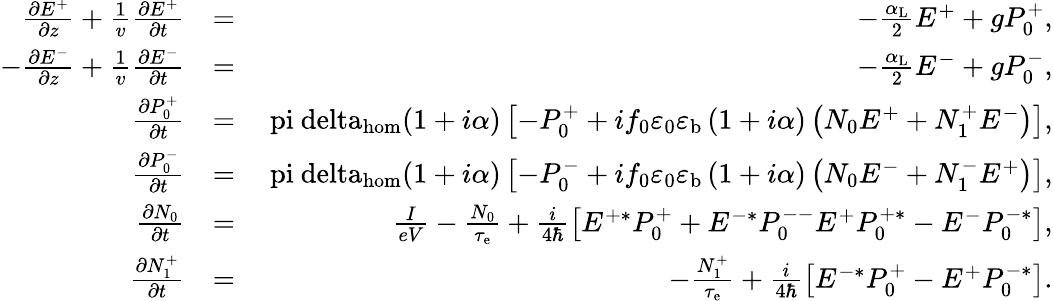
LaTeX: \begin{array}{rlr}{\frac{\partial E^{+}}{\partial z}+\frac{1}{v}\frac{\partial E^{+}}{\partial t}}&{=}&{-\frac{\alpha_{\mathrm{L}}}{2}E^{+}+gP_{0}^{+},}\\ {-\frac{\partial E^{-}}{\partial z}+\frac{1}{v}\frac{\partial E^{-}}{\partial t}}&{=}&{-\frac{\alpha_{\mathrm{L}}}{2}E^{-}+gP_{0}^{-},}\\ {\frac{\partial P_{0}^{+}}{\partial t}}&{=}&{\mathrm{\ pi\ delta_{hom}}(1+i\alpha)\left[-P_{0}^{+}+if_{0}\varepsilon_{0}\varepsilon_{\mathrm{b}}\left(1+i\alpha\right)\left(N_{0}E^{+}+N_{1}^{+}E^{-}\right)\right],}\\ {\frac{\partial P_{0}^{-}}{\partial t}}&{=}&{\mathrm{\ pi\ delta_{hom}}(1+i\alpha)\left[-P_{0}^{-}+if_{0}\varepsilon_{0}\varepsilon_{\mathrm{b}}\left(1+i\alpha\right)\left(N_{0}E^{-}+N_{1}^{-}E^{+}\right)\right],}\\ {\frac{\partial N_{0}}{\partial t}}&{=}&{\frac{I}{eV}-\frac{N_{0}}{\tau_{\mathrm{e}}}+\frac{i}{4\hbar}\left[E^{+*}P_{0}^{+}+E^{-*}P_{0}^{--}E^{+}P_{0}^{+*}-E^{-}P_{0}^{-*}\right],}\\ {\frac{\partial N_{1}^{+}}{\partial t}}&{=}&{-\frac{N_{1}^{+}}{\tau_{\mathrm{e}}}+\frac{i}{4\hbar}\left[E^{-*}P_{0}^{+}-E^{+}P_{0}^{-*}\right].}\end{array}